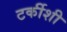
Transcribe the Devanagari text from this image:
टर्कीशी